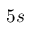
5 s